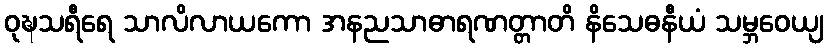
ဝုဍ္ဎသရီရေ သာလိလာယကော အနညသာဓာရဏတ္တာတိ နိသေဓနီယံ သမ္ဘဝေယျ